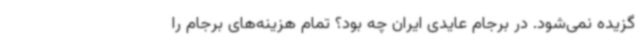
گزیده نمی‌شود. در برجام عایدی ایران چه بود؟ تمام هزینه‌های برجام را